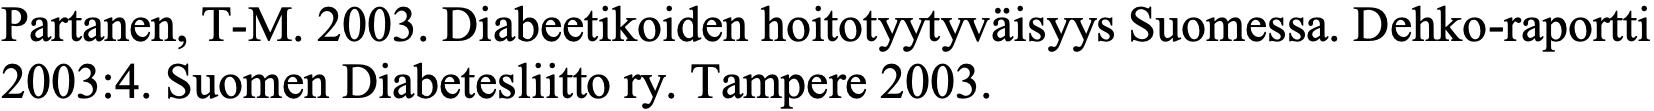
Partanen, T-M. 2003. Diabeetikoiden hoitotyytyväisyys Suomessa. Dehko-raportti 2003:4. Suomen Diabetesliitto ry. Tampere 2003.